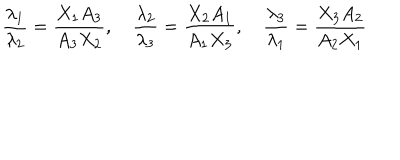
LaTeX: { \frac { \lambda _ { 1 } } { \lambda _ { 2 } } } = { \frac { X _ { 1 } A _ { 3 } } { A _ { 3 } X _ { 2 } } } , \quad { \frac { \lambda _ { 2 } } { \lambda _ { 3 } } } = { \frac { X _ { 2 } A _ { 1 } } { A _ { 1 } X _ { 3 } } } , \quad { \frac { \lambda _ { 3 } } { \lambda _ { 1 } } } = { \frac { X _ { 3 } A _ { 2 } } { A _ { 2 } X _ { 1 } } }